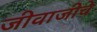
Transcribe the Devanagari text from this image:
जीवाजीचे